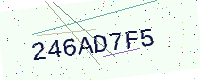
Text: 246AD7F5